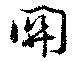
関